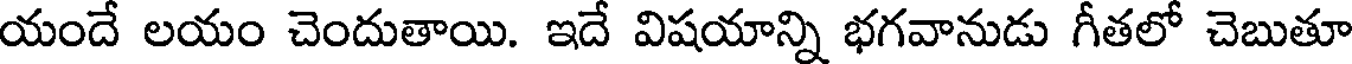
యందే లయం చెందుతాయి. ఇదే విషయాన్ని భగవానుడు గీతలో చెబుతూ